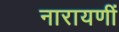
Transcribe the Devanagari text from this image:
नारायणीं